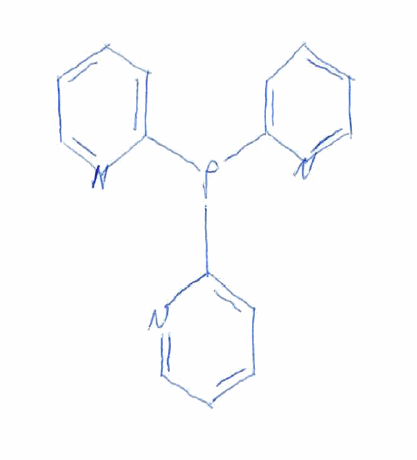
Simplified molecular-input line-entry system (SMILES) notation of the given molecule:
C1=CC=NC(=C1)P(C2=CC=CC=N2)C3=CC=CC=N3